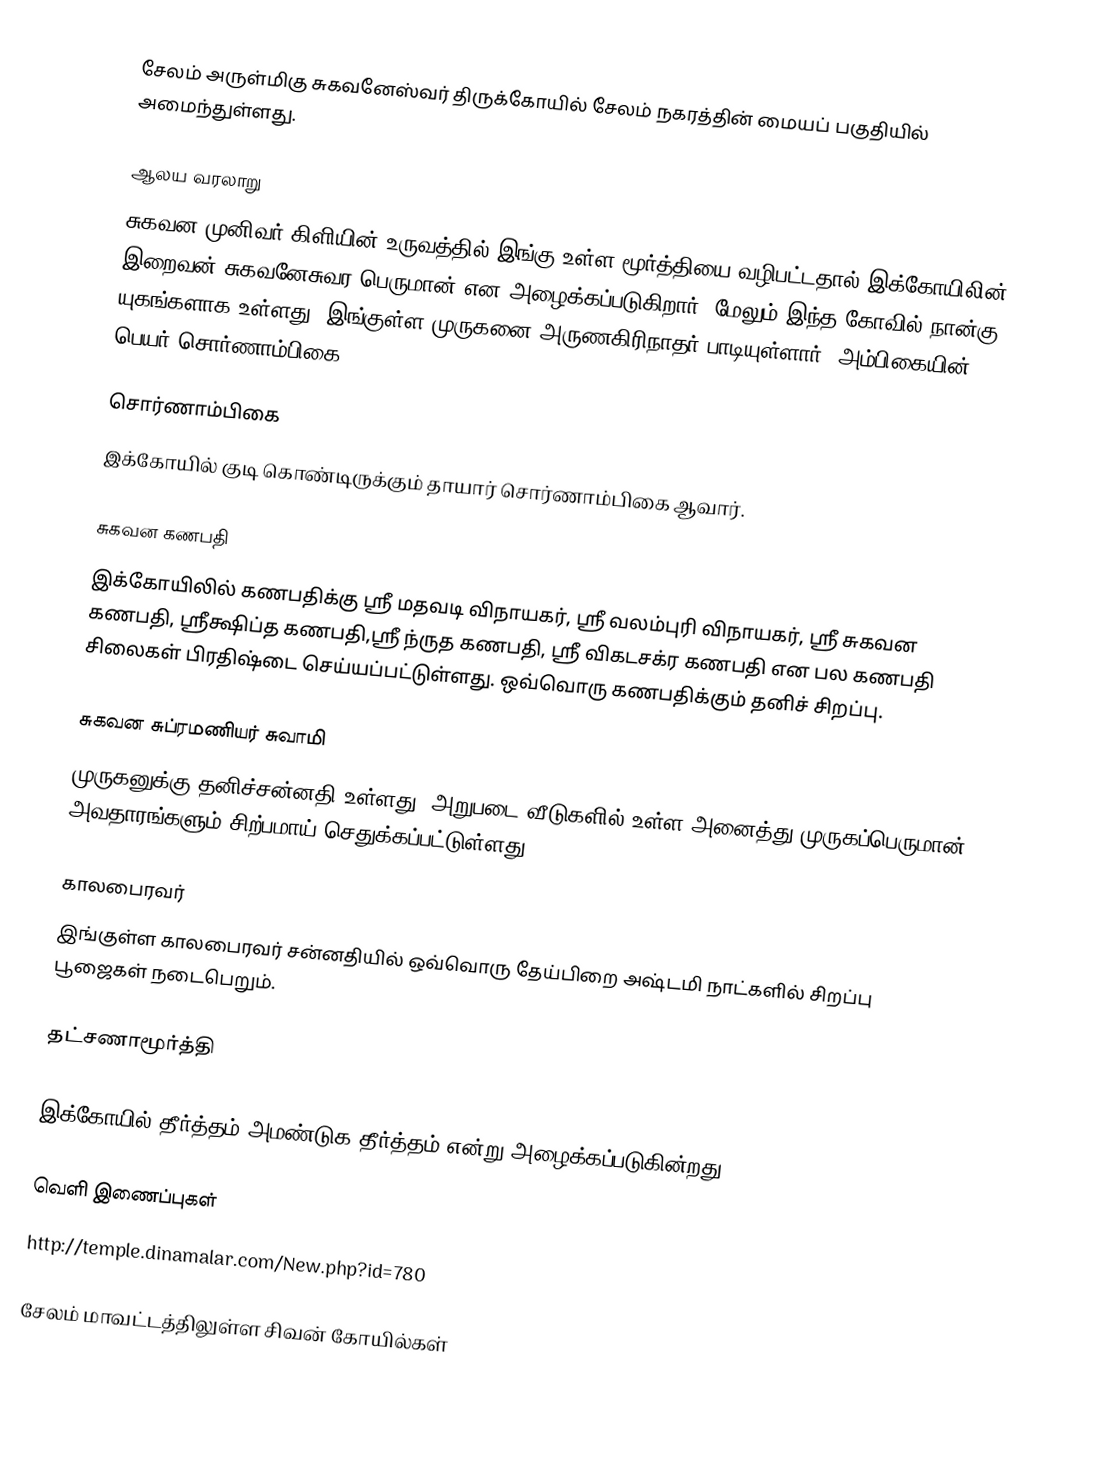
சேலம் அருள்மிகு சுகவனேஸ்வர் திருக்கோயில் சேலம் நகரத்தின் மையப் பகுதியில் அமைந்துள்ளது.

ஆலய வரலாறு
சுகவன முனிவர் கிளியின் உருவத்தில் இங்கு உள்ள மூர்த்தியை வழிபட்டதால் இக்கோயிலின் இறைவன் சுகவனேசுவர பெருமான் என அழைக்கப்படுகிறார். மேலும் இந்த கோவில் நான்கு யுகங்களாக உள்ளது. இங்குள்ள முருகனை அருணகிரிநாதர் பாடியுள்ளார். அம்பிகையின் பெயர் சொர்ணாம்பிகை.

சொர்ணாம்பிகை
இக்கோயில் குடி கொண்டிருக்கும் தாயார் சொர்ணாம்பிகை ஆவார்.

சுகவன கணபதி
இக்கோயிலில் கணபதிக்கு ஸ்ரீ மதவடி விநாயகர், ஸ்ரீ வலம்புரி விநாயகர்,  ஸ்ரீ சுகவன கணபதி,  ஸ்ரீக்ஷிப்த கணபதி,ஸ்ரீ ந்ருத கணபதி, ஸ்ரீ விகடசக்ர கணபதி என பல கணபதி சிலைகள் பிரதிஷ்டை செய்யப்பட்டுள்ளது. ஒவ்வொரு கணபதிக்கும் தனிச் சிறப்பு.

சுகவன சுப்ரமணியர் சுவாமி
முருகனுக்கு தனிச்சன்னதி உள்ளது.  அறுபடை வீடுகளில் உள்ள அனைத்து முருகப்பெருமான் அவதாரங்களும் சிற்பமாய் செதுக்கப்பட்டுள்ளது.

காலபைரவர்
இங்குள்ள காலபைரவர் சன்னதியில் ஒவ்வொரு தேய்பிறை அஷ்டமி நாட்களில் சிறப்பு பூஜைகள் நடைபெறும்.

தட்சணாமூர்த்தி

இக்கோயில் தீர்த்தம் அமண்டுக தீர்த்தம் என்று அழைக்கப்படுகின்றது.

வெளி இணைப்புகள்
http://temple.dinamalar.com/New.php?id=780

சேலம் மாவட்டத்திலுள்ள சிவன் கோயில்கள்